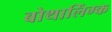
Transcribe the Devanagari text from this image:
बोथालिंग्क